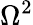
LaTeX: \Omega^{2}